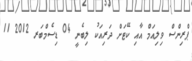
ޕްރިންސް ވިލިއަމް އާއި ކޭޓަށް ދަރިއަކު ލިބެނީ 04 ޑިސެމްބަރ 2012 11